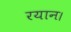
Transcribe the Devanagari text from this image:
रयान।